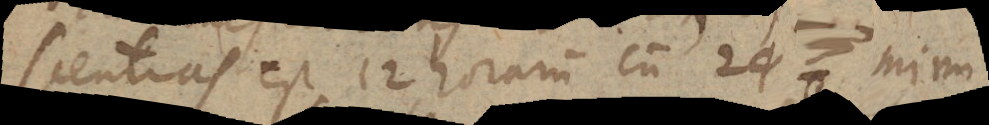
scentias est 12 horarum cum 29 3 minu